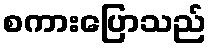
စကားပြောသည်